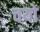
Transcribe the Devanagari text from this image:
चयो